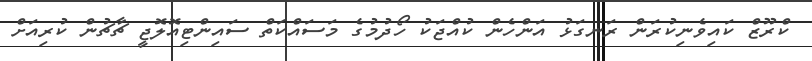
ކްރޫޒް ކައިވެނިކުރަން ރަނގަޅު އަންހެން ކުއްޖަކު ހޯދުމުގެ މަސައްކަތް ސައިންޓިއޮލޮޖީ ޗާޗުން ކުރިއަށް